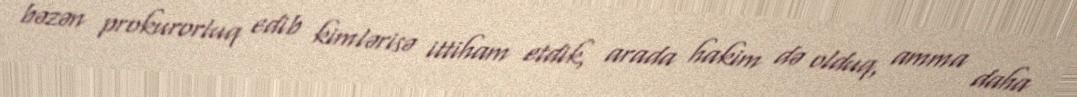
bəzən prokurorluq edib kimlərisə ittiham etdik, arada hakim də olduq, amma daha